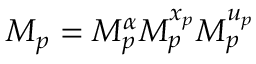
M _ { p } = M _ { p } ^ { \alpha } M _ { p } ^ { x _ { p } } M _ { p } ^ { u _ { p } }